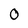
Character: 0